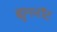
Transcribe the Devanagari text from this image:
ह्युगनॉट